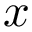
\boldsymbol { x }